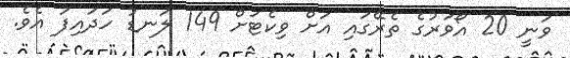
ވަނީ 20 އޯވަރުގެ ތެރޭގައި އަށް ވިކެޓަށް 149 ލަނޑު ހަދައިފަ އެވެ.